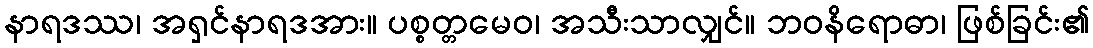
နာရဒဿ၊ အရှင်နာရဒအား။ ပစ္စတ္တမေဝ၊ အသီးသာလျှင်။ ဘဝနိရောဓာ၊ ဖြစ်ခြင်း၏